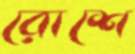
রোশে